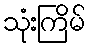
သုံးကြိမ်